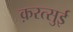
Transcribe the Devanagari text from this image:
क़रत्सुई